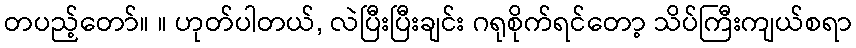
တပည့်တော်။ ။ ဟုတ်ပါတယ်, လဲပြီးပြီးချင်း ဂရုစိုက်ရင်တော့ သိပ်ကြီးကျယ်စရာ